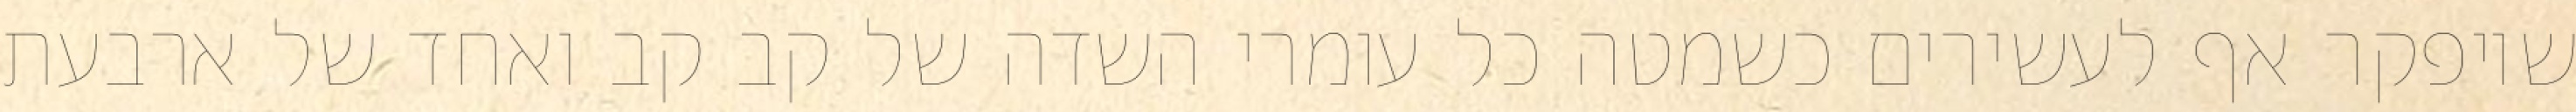
שיופקר אף לעשירים כשמטה כל עומרי השדה של קב קב ואחד של ארבעת